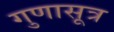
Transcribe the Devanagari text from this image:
गुणासूत्र